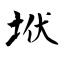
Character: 垘